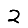
Digit: 2